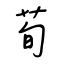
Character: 荀